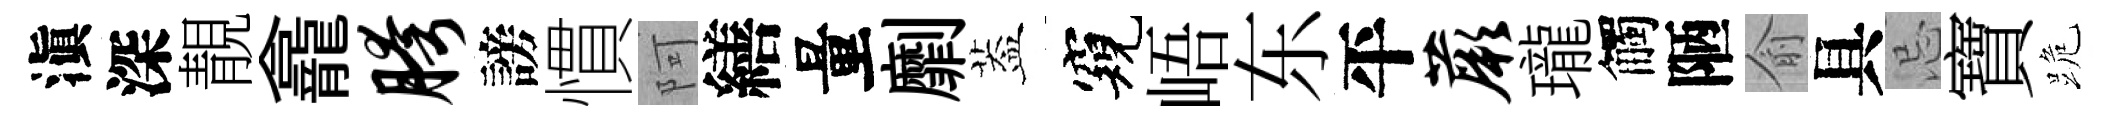
滇深靚龕胯謗慣阿繕量劘葢窺峿东平蕨瓏觸陋俞具忌寶跪